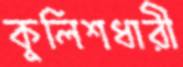
কুলিশধারী